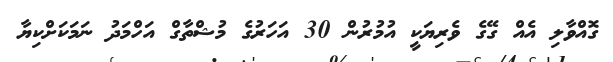
ގޮއްވާލި އެއް ގޭގެ ވެރިޔަކީ އުމުރުން 30 އަހަރުގެ މުޝްތާގް އަހްމަދު ނަމަކަށްކިޔާ